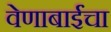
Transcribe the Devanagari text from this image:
वेणाबाईंचा